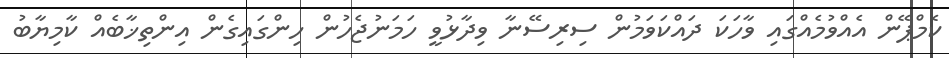
ކެމްޕޭން އެއްވުމެއްގައި ވާހަކަ ދައްކަވަމުން ސިރިސޭނާ ވިދާޅުވީ ހަމަނުޖެހުން ހިންގައިގެން އިންތިޚާބެއް ކާމިޔާބު